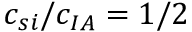
c _ { s i } / c _ { I A } = 1 / 2